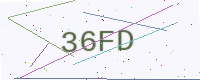
Text: 36FD